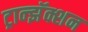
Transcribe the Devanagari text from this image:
ट्रान्झॅक्शन